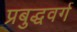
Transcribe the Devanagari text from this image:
प्रबुद्धवर्ग